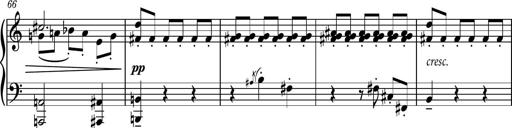
Title: Piano Sonatina No.4
Composer: Dimitri Sykias
Key: D major